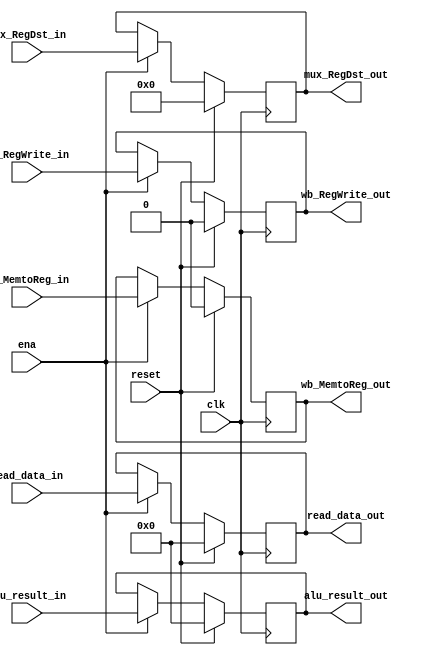
module latch_MEM_WB
	#(
	parameter B=32, W=5
	)
	(
	input wire clk,
	input wire reset,
	input wire ena,
	input wire [B-1:0] read_data_in,
	input wire [B-1:0] alu_result_in,
	input wire [W-1:0] mux_RegDst_in,
	output wire [B-1:0] read_data_out,
	output wire [B-1:0] alu_result_out,
	output wire [W-1:0] mux_RegDst_out,
	input wire wb_RegWrite_in,
	input wire wb_MemtoReg_in,
	output wire wb_RegWrite_out,
	output wire wb_MemtoReg_out
   );
	reg [B-1:0]read_data_reg;
	reg [B-1:0]alu_result_reg;
	reg [W-1:0]mux_RegDst_reg;
	reg wb_RegWrite_reg;
	reg wb_MemtoReg_reg;
	always @(posedge clk)
	begin
		if (reset)
		begin
			read_data_reg <= 0;
			alu_result_reg <= 0;
			mux_RegDst_reg <= 0;
			wb_RegWrite_reg <= 0;
			wb_MemtoReg_reg <= 0;
		end
		else
			if(ena==1'b1)
			begin
				read_data_reg <= read_data_in;
				alu_result_reg <= alu_result_in;
				mux_RegDst_reg <= mux_RegDst_in;
				wb_RegWrite_reg <= wb_RegWrite_in;
				wb_MemtoReg_reg <= wb_MemtoReg_in;
			end
	end
	assign read_data_out = read_data_reg;
	assign alu_result_out = alu_result_reg;
	assign mux_RegDst_out = mux_RegDst_reg;
	assign wb_RegWrite_out = wb_RegWrite_reg;
	assign wb_MemtoReg_out = wb_MemtoReg_reg;
endmodule